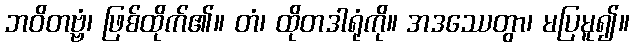
ဘဝိတဗ္ဗံ၊ ဖြစ်ထိုက်၏။ တံ၊ ထိုတဒါရုံကို။ အဒဿေတွာ၊ မပြမူ၍။